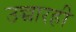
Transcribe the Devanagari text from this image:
उच्चारही